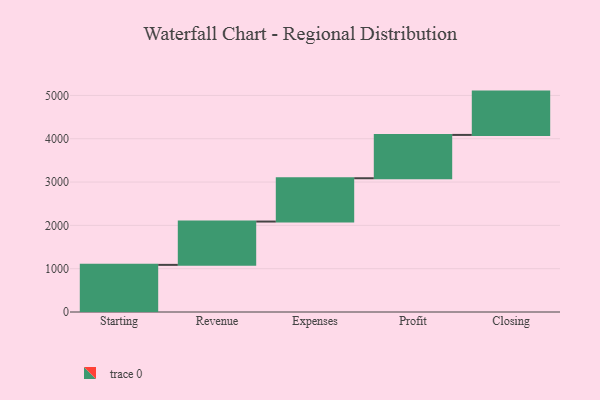
{"axis": {"x": "Step", "y": "Value"}, "legend": [""], "data": [{"x": "Starting", "y": 1088.0, "type": ""}, {"x": "Revenue", "y": 1000, "type": ""}, {"x": "Expenses", "y": 1000, "type": ""}, {"x": "Profit", "y": 1000, "type": ""}, {"x": "Closing", "y": 1000, "type": ""}]}